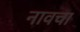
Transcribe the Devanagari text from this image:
नावचा